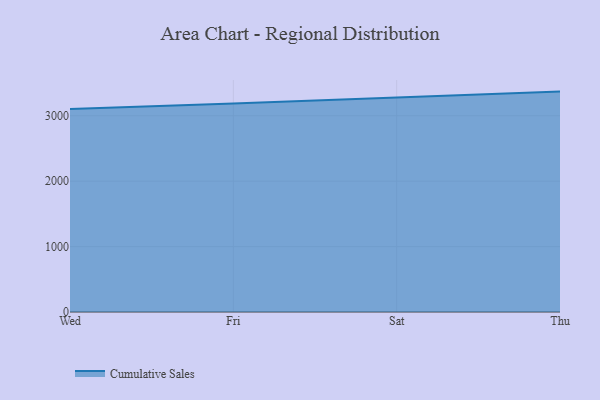
{"axis": {"x": "Day", "y": "Energy Usage (MWh)"}, "legend": ["Cumulative Sales"], "data": [{"x": "Wed", "y": 3103.3, "type": "Cumulative Sales"}, {"x": "Fri", "y": 3185.5, "type": "Cumulative Sales"}, {"x": "Sat", "y": 3279.4, "type": "Cumulative Sales"}, {"x": "Thu", "y": 3368.9, "type": "Cumulative Sales"}]}